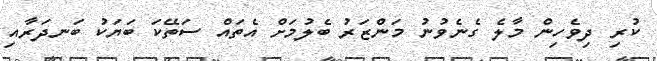
ކުރި ދިވެހިން މާލެ ގެނެވުނު މަންޒަރު ބެލުމަށް އެތައް ސަތޭކަ ބަޔަކު ބަނދަރާއި